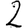
Digit: 2